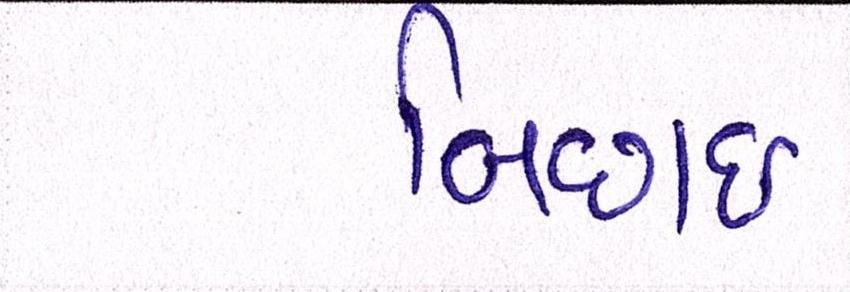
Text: બિછાઇ